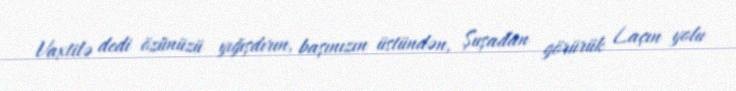
Vaxtilə dedi özünüzü yığışdırın, başınızın üstündən, Şuşadan görürük Laçın yolu